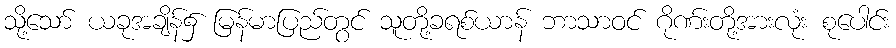
သို့သော် ယခုအချိန်၌ မြန်မာပြည်တွင် သူတို့ခရစ်ယာန် ဘာသာဝင် ဂိုဏ်းတို့အားလုံး စုပေါင်း